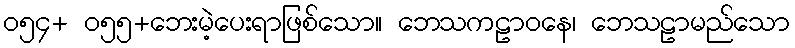
ဝ၅၄+ ဝ၅၅+ဘေးမဲ့ပေးရာဖြစ်သော။ ဘေသကဠာဝနေ၊ ဘေသဠာမည်သော